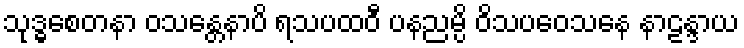
သုဒ္ဓစေတနာ ဝသန္တေနာပိ ရသပထဝီ ပနညမ္ပိ ဝိသပဝေသနေ နာဠန္ဒာယ